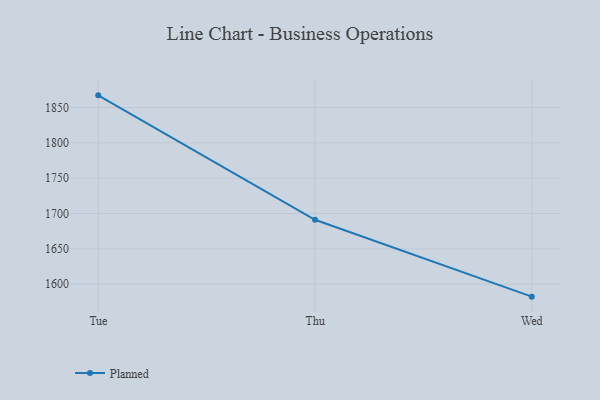
{"axis": {"x": "Day", "y": "Conversion Rate (%)"}, "legend": ["Planned"], "data": [{"x": "Tue", "y": 1867.2, "type": "Planned"}, {"x": "Thu", "y": 1691.2, "type": "Planned"}, {"x": "Wed", "y": 1582.4, "type": "Planned"}]}